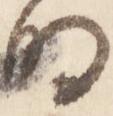
明